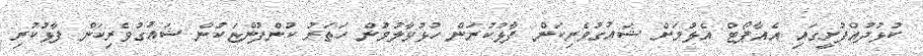
ކުޅުދުއްފުށީގައި އެއާޕޯޓް އެޅުމަށް ޝައުގުވެރިކަން ފާޅުކުރަން ހުޅުވާލުމުން ހަތަރު ކުންފުންޏަކުން ޝައުގުވެރިކަން ފާޅުކުރި